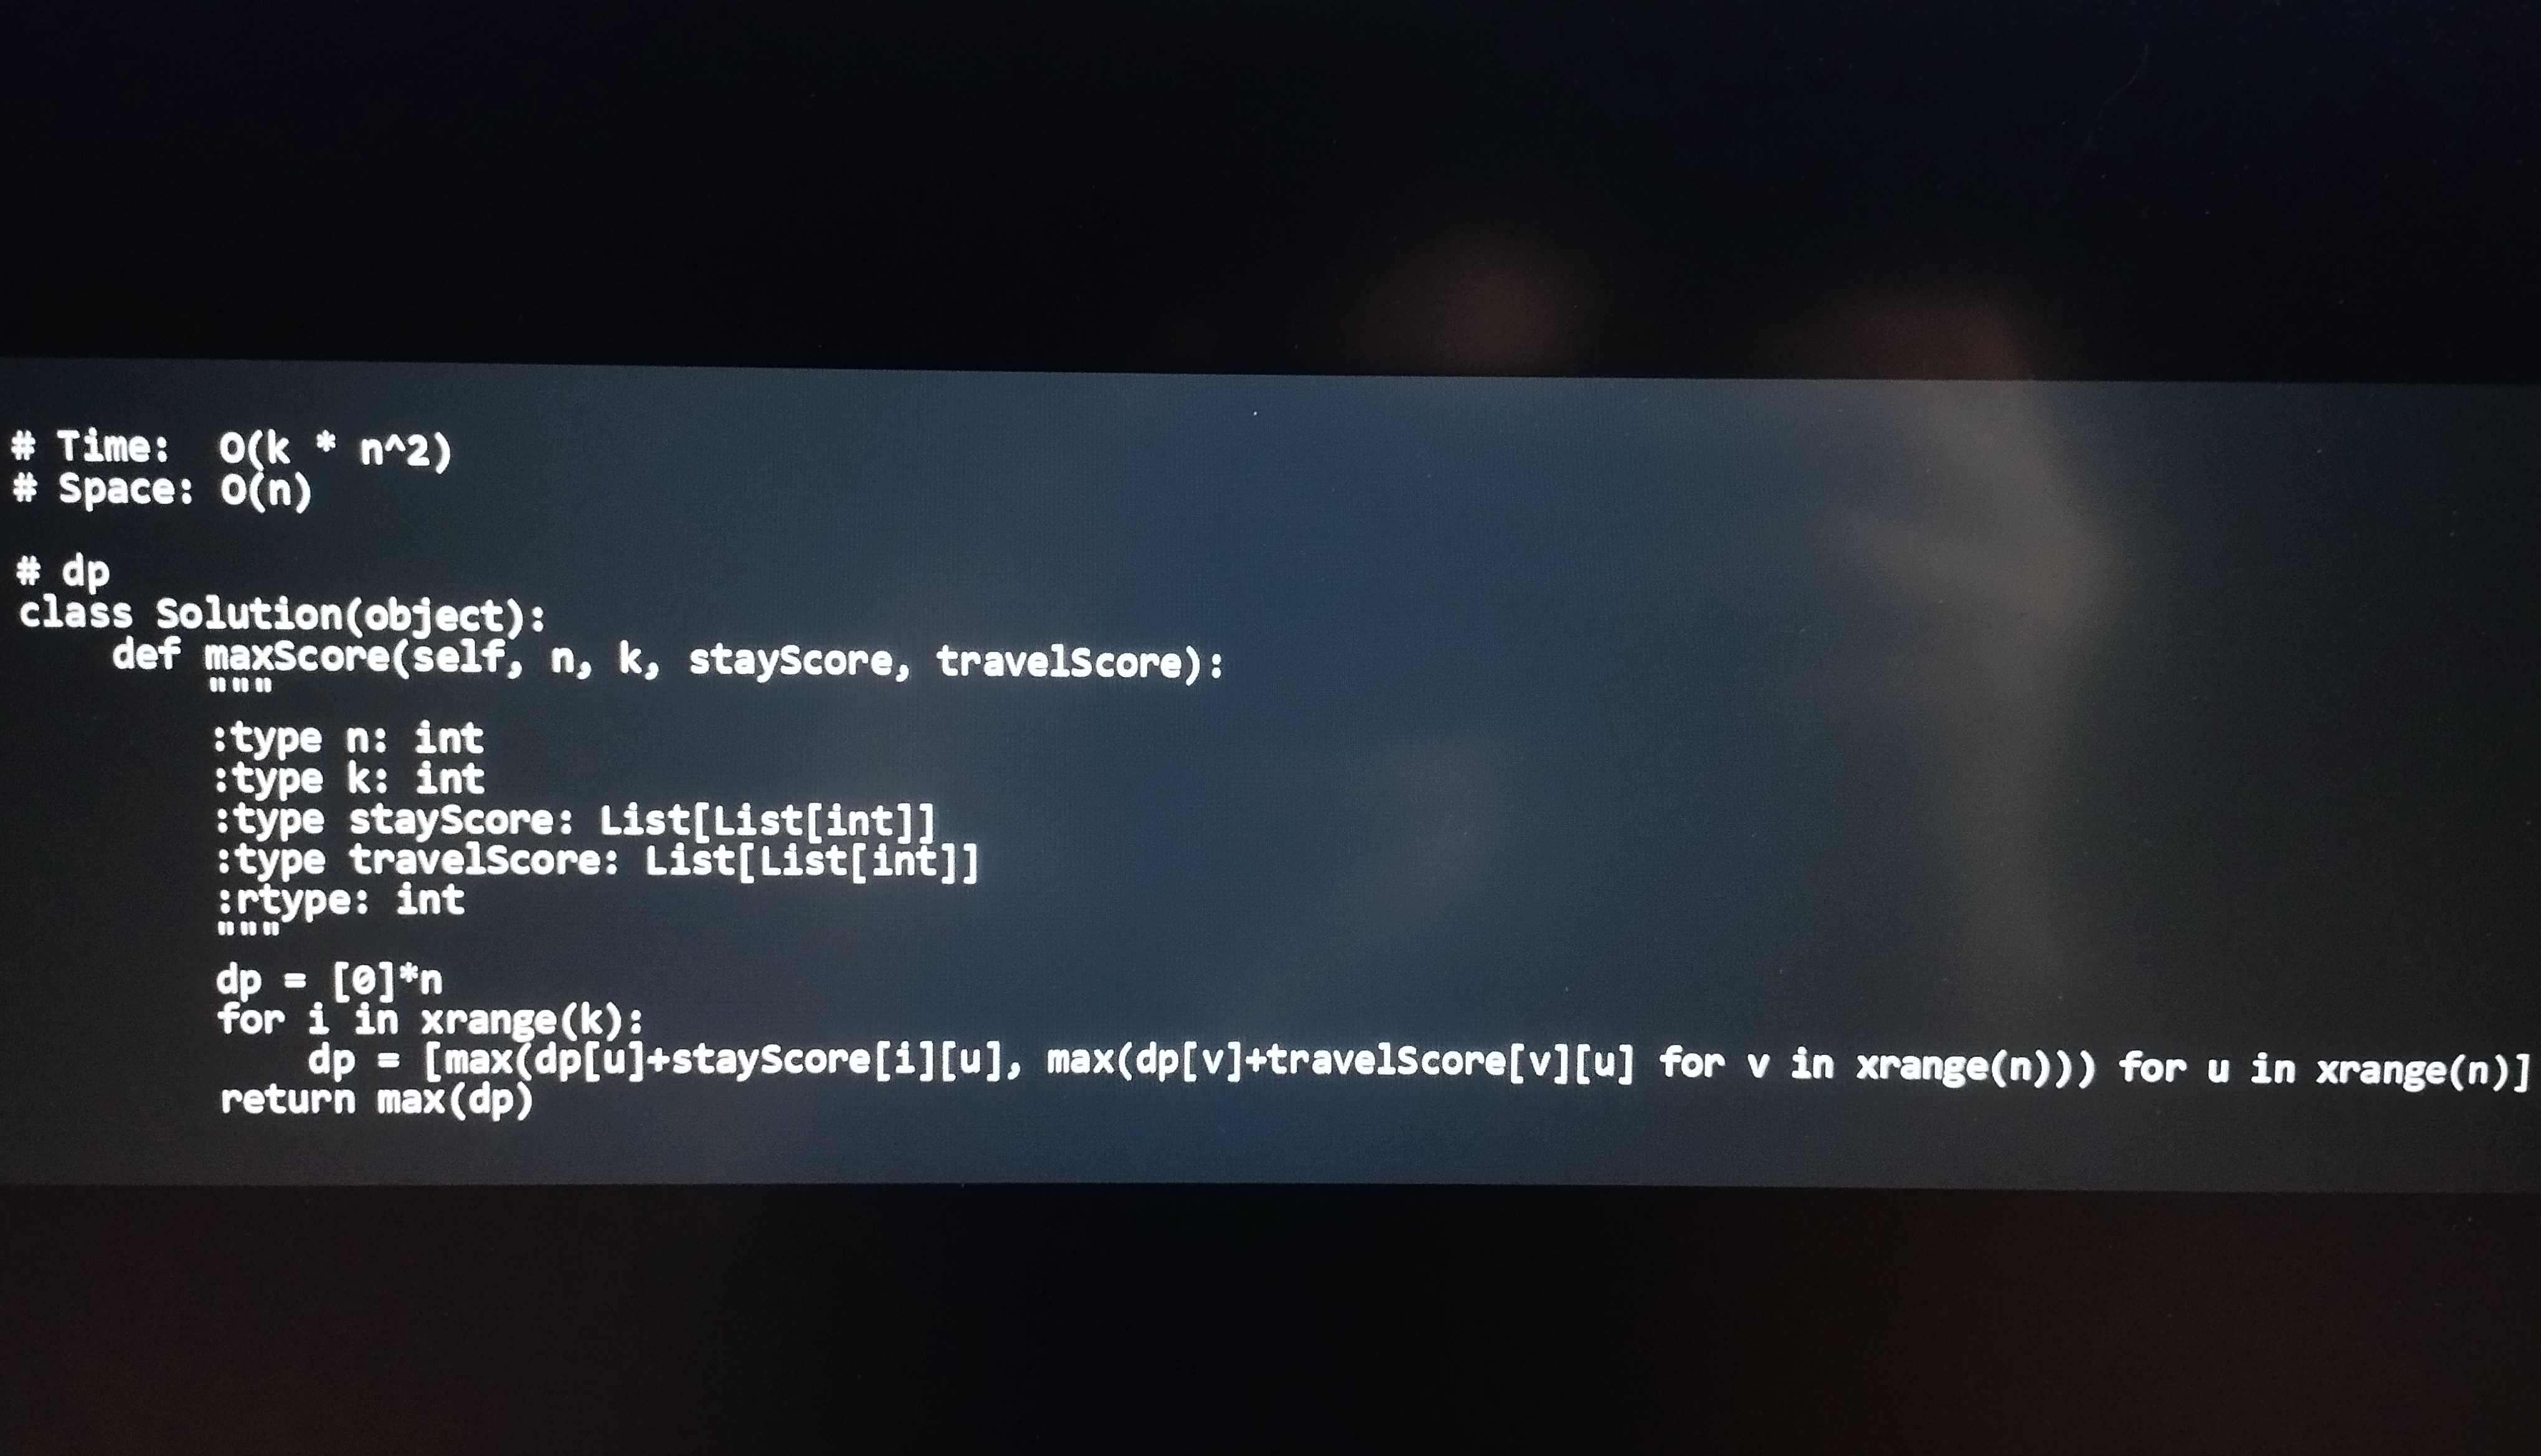
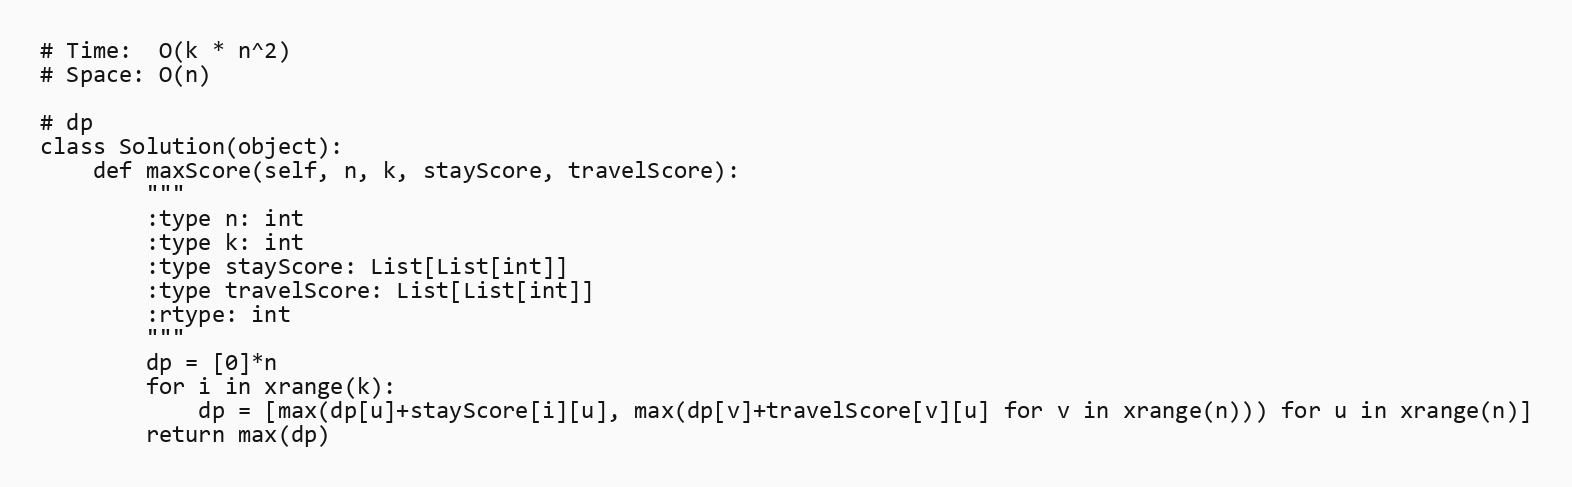
# Time:  O(k * n^2)
# Space: O(n)

# dp
class Solution(object):
    def maxScore(self, n, k, stayScore, travelScore):
        """
        :type n: int
        :type k: int
        :type stayScore: List[List[int]]
        :type travelScore: List[List[int]]
        :rtype: int
        """
        dp = [0]*n
        for i in xrange(k):
            dp = [max(dp[u]+stayScore[i][u], max(dp[v]+travelScore[v][u] for v in xrange(n))) for u in xrange(n)]
        return max(dp)